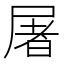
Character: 屠